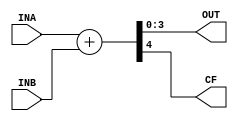
module alu(INA, INB, OUT, CF);
    input [3:0]INA;
    input [3:0]INB;
    output [3:0]OUT;
    output CF;

    assign {CF, OUT[3:0]} = INA + INB;
endmodule